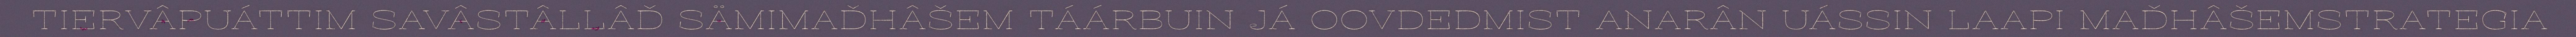
TIERVÂPUÁTTIM SAVÂSTÂLLÂĐ SÄMIMAĐHÂŠEM TÁÁRBUIN JÁ OOVDEDMIST ANARÂN UÁSSIN LAAPI MAĐHÂŠEMSTRATEGIA